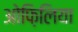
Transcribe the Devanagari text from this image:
ओफ़िलिया